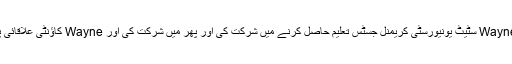
ہائی اسکول، درج ذیل نووآرا Wayne سٹیٹ یونیورسٹی کریمنل جسٹس تعلیم حاصل کرنے میں شرکت کی اور پھر میں شرکت کی اور Wayne کاؤنٹی علاقائی پولیس اکیڈمی سے گریجویشن ۔